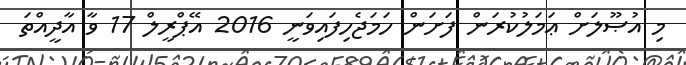
މި އުޞޫލަށް ޢަމަލުކުރަން ފަށަން ހަމަޖެހިފައިވަނީ 2016 އޭޕްރީލް 17 ވާ އާދީއްތަ